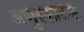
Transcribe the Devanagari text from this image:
अणुस्फोटके